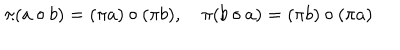
\pi ( a \circ b ) = ( \pi a ) \circ ( \pi b ) , \quad \pi ( b \circ a ) = ( \pi b ) \circ ( \pi a )